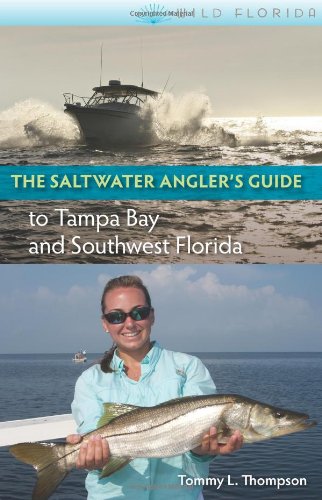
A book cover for The Saltwater Angler's Guide to Tampa Bay and Southwest Florida (Wild Florida); Tommy L. Thompson; Travel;